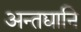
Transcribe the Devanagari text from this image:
अन्तद्यानि